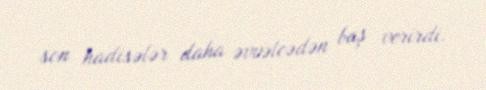
son hadisələr daha əvvəlcədən baş verirdi.